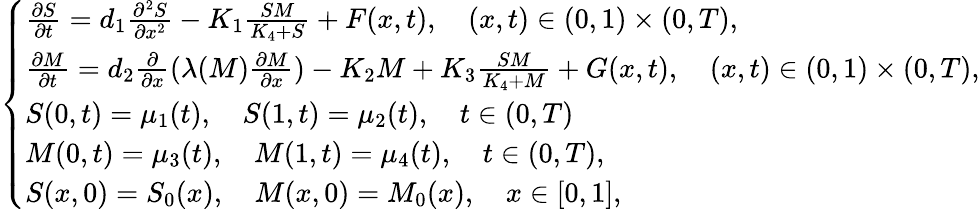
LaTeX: \begin{array}{r}{\left\{ \begin{array}{ll}{\frac{\partial S}{\partial t}=d_{1}\frac{\partial^{2}S}{\partial x^{2}}-K_{1}\frac{SM}{K_{4}+S}+F(x,t),\quad(x,t)\in(0,1)\times(0,T),}\\ {\frac{\partial M}{\partial t}=d_{2}\frac{\partial}{\partial x}(\lambda(M)\frac{\partial M}{\partial x})-K_{2}M+K_{3}\frac{SM}{K_{4}+M}+G(x,t),\quad(x,t)\in(0,1)\times(0,T),}\\ {S(0,t)=\mu_{1}(t),\quad S(1,t)=\mu_{2}(t),\quad t\in(0,T)}\\ {M(0,t)=\mu_{3}(t),\quad M(1,t)=\mu_{4}(t),\quad t\in(0,T),}\\ {S(x,0)=S_{0}(x),\quad M(x,0)=M_{0}(x),\quad x\in[0,1],}\end{array}\right.}\end{array}